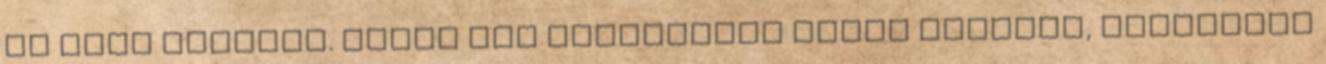
az élet dolgait. David egy pillanatra leült kozéjuk, hallgatta